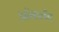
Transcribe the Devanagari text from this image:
आॅकलँड